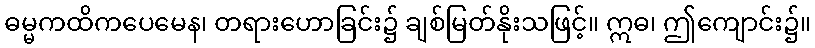
ဓမ္မကထိကပေမေန၊ တရားဟောခြင်း၌ ချစ်မြတ်နိုးသဖြင့်။ ဣဓ၊ ဤကျောင်း၌။